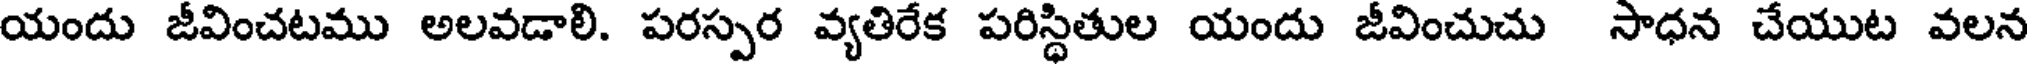
యందు జీవించటము అలవడాలి. పరస్పర వ్యతిరేక పరిస్థితుల యందు జీవించుచు సాధన చేయుట వలన